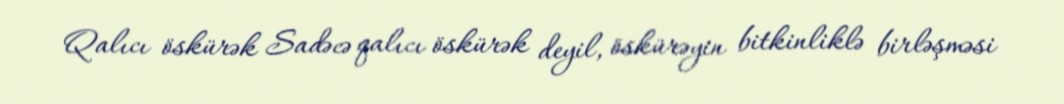
Qalıcı öskürək Sadəcə qalıcı öskürək deyil, öskürəyin bitkinliklə birləşməsi